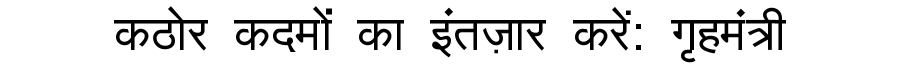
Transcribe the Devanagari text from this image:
कठोर कदमों का इंतज़ार करें: गृहमंत्री